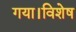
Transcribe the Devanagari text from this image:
गया।विशेष